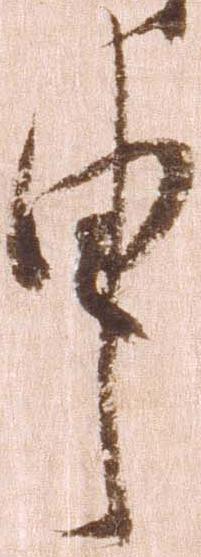
申